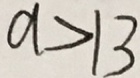
a > 1 3